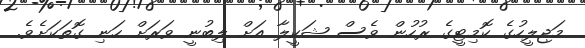
މަޖިލީހުގެ ކޮމިޓީގެ ރުހުން ވެސް ޝަކީލާ އަށް ލިބުނީ ވަރަށް ހަނި ގޮތަކަށެވެ.